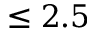
\leq 2 . 5